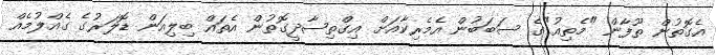
އެގޮތުން ތޫފާން "މެތިއު"ގެ ސަބަބުން އެމެރިކާއަށް އިގްތިޞާދީގޮތުން އެތައް ބިލިއަން ޑޮލަރުގެ ގެއްލުމެއް